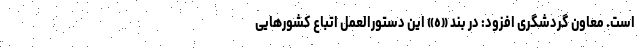
است. معاون گردشگری افزود: در بند «ه» این دستورالعمل اتباع کشورهایی